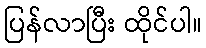
ပြန်လာပြီး ထိုင်ပါ။